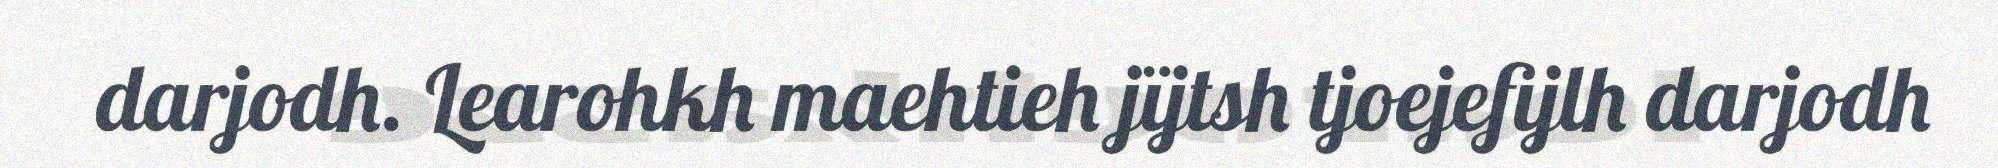
darjodh. Learohkh maehtieh jïjtsh tjoejefijlh darjodh